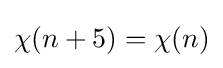
\chi (n+5)=\chi (n)